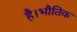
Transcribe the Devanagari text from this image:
है।भौतिक